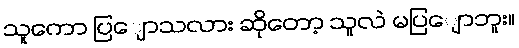
သူကော ပြျောသလား ဆိုတော့ သူလဲ မပြျောဘူး။